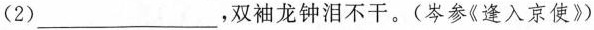
(2)___，双袖龙钟泪不干。(岑参《逢入京使》)